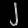
Digit: ၂